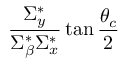
\frac { \Sigma _ { y } ^ { * } } { \Sigma _ { \beta } ^ { * } \Sigma _ { x } ^ { * } } \tan \frac { \theta _ { c } } { 2 }